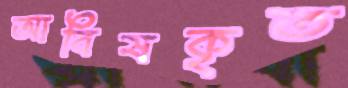
আবিষকৃত